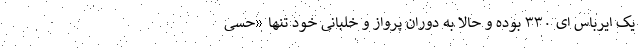
یک ایرباس ای ۳۳۰ بوده و حالا به دوران پرواز و خلبانی خود تنها «حسی